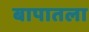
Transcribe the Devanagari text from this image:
बापातला